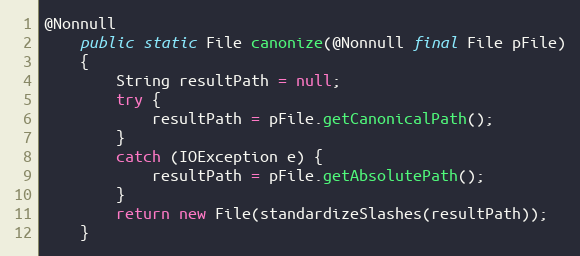
Language: Java
@Nonnull
    public static File canonize(@Nonnull final File pFile)
    {
        String resultPath = null;
        try {
            resultPath = pFile.getCanonicalPath();
        }
        catch (IOException e) {
            resultPath = pFile.getAbsolutePath();
        }
        return new File(standardizeSlashes(resultPath));
    }